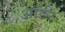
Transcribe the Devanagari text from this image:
ऑर्ङर